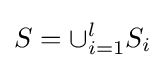
S=\cup _{i=1}^{l}S_{i}